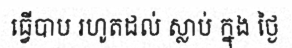
ធ្វើបាប រហូតដល់ ស្លាប់ ក្នុង ថ្ងៃ